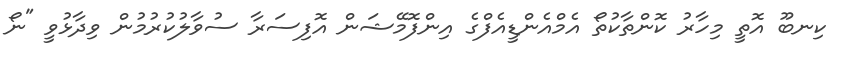
ކިނބޫ އޮތީ މިހާރު ކޮންތާކުތޯ އެމްއެންޑީއެފްގެ އިންފޮމޭޝަން އޮފިސަރާ ސުވާލުކުރުމުން ވިދާޅުވީ "ނޯ